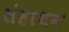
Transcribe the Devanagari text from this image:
संहाथन